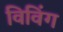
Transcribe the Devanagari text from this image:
विविंग